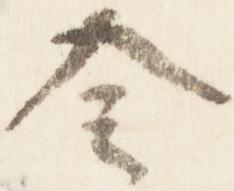
令